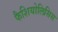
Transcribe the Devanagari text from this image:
फैशियोलिसिस